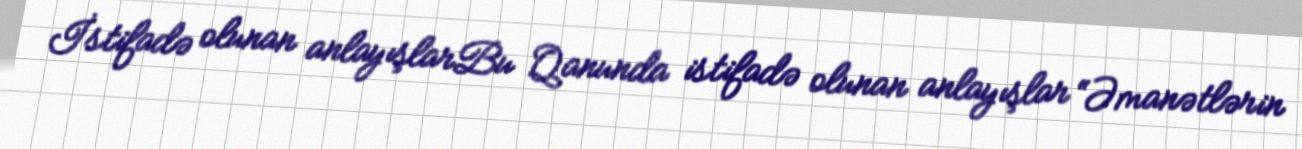
İstifadə olunan anlayışlarBu Qanunda istifadə olunan anlayışlar “Əmanətlərin